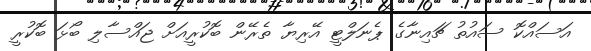
އަސައްކޮ ސައުތު ޗައިނާގެ ޕެނަލްޓީ އޭރިޔާ ތެރޭން ބޮކުރީއަށް ޖައްސާލި ބޯޅަ ބޮކުރީ